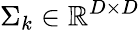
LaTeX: \Sigma_{k}\in\mathbb{R}^{D\times D}